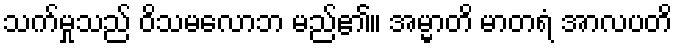
သက်မှုသည် ဝိသမလောဘ မည်၏။ အမ္မာတိ မာတရံ အာလပတိ